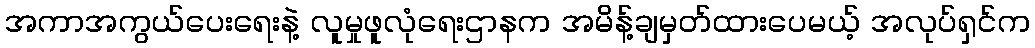
အကာအကွယ်ပေးရေးနဲ့ လူမှုဖူလုံရေးဌာနက အမိန့်ချမှတ်ထားပေမယ့် အလုပ်ရှင်က